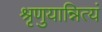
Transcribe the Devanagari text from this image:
श्रृणुयान्नित्यं